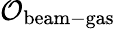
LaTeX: \mathcal{O}_{\mathrm{beam-gas}}